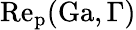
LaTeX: \mathrm{Re_{p}}(\mathrm{Ga},\Gamma)